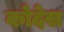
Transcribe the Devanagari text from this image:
कोदेस